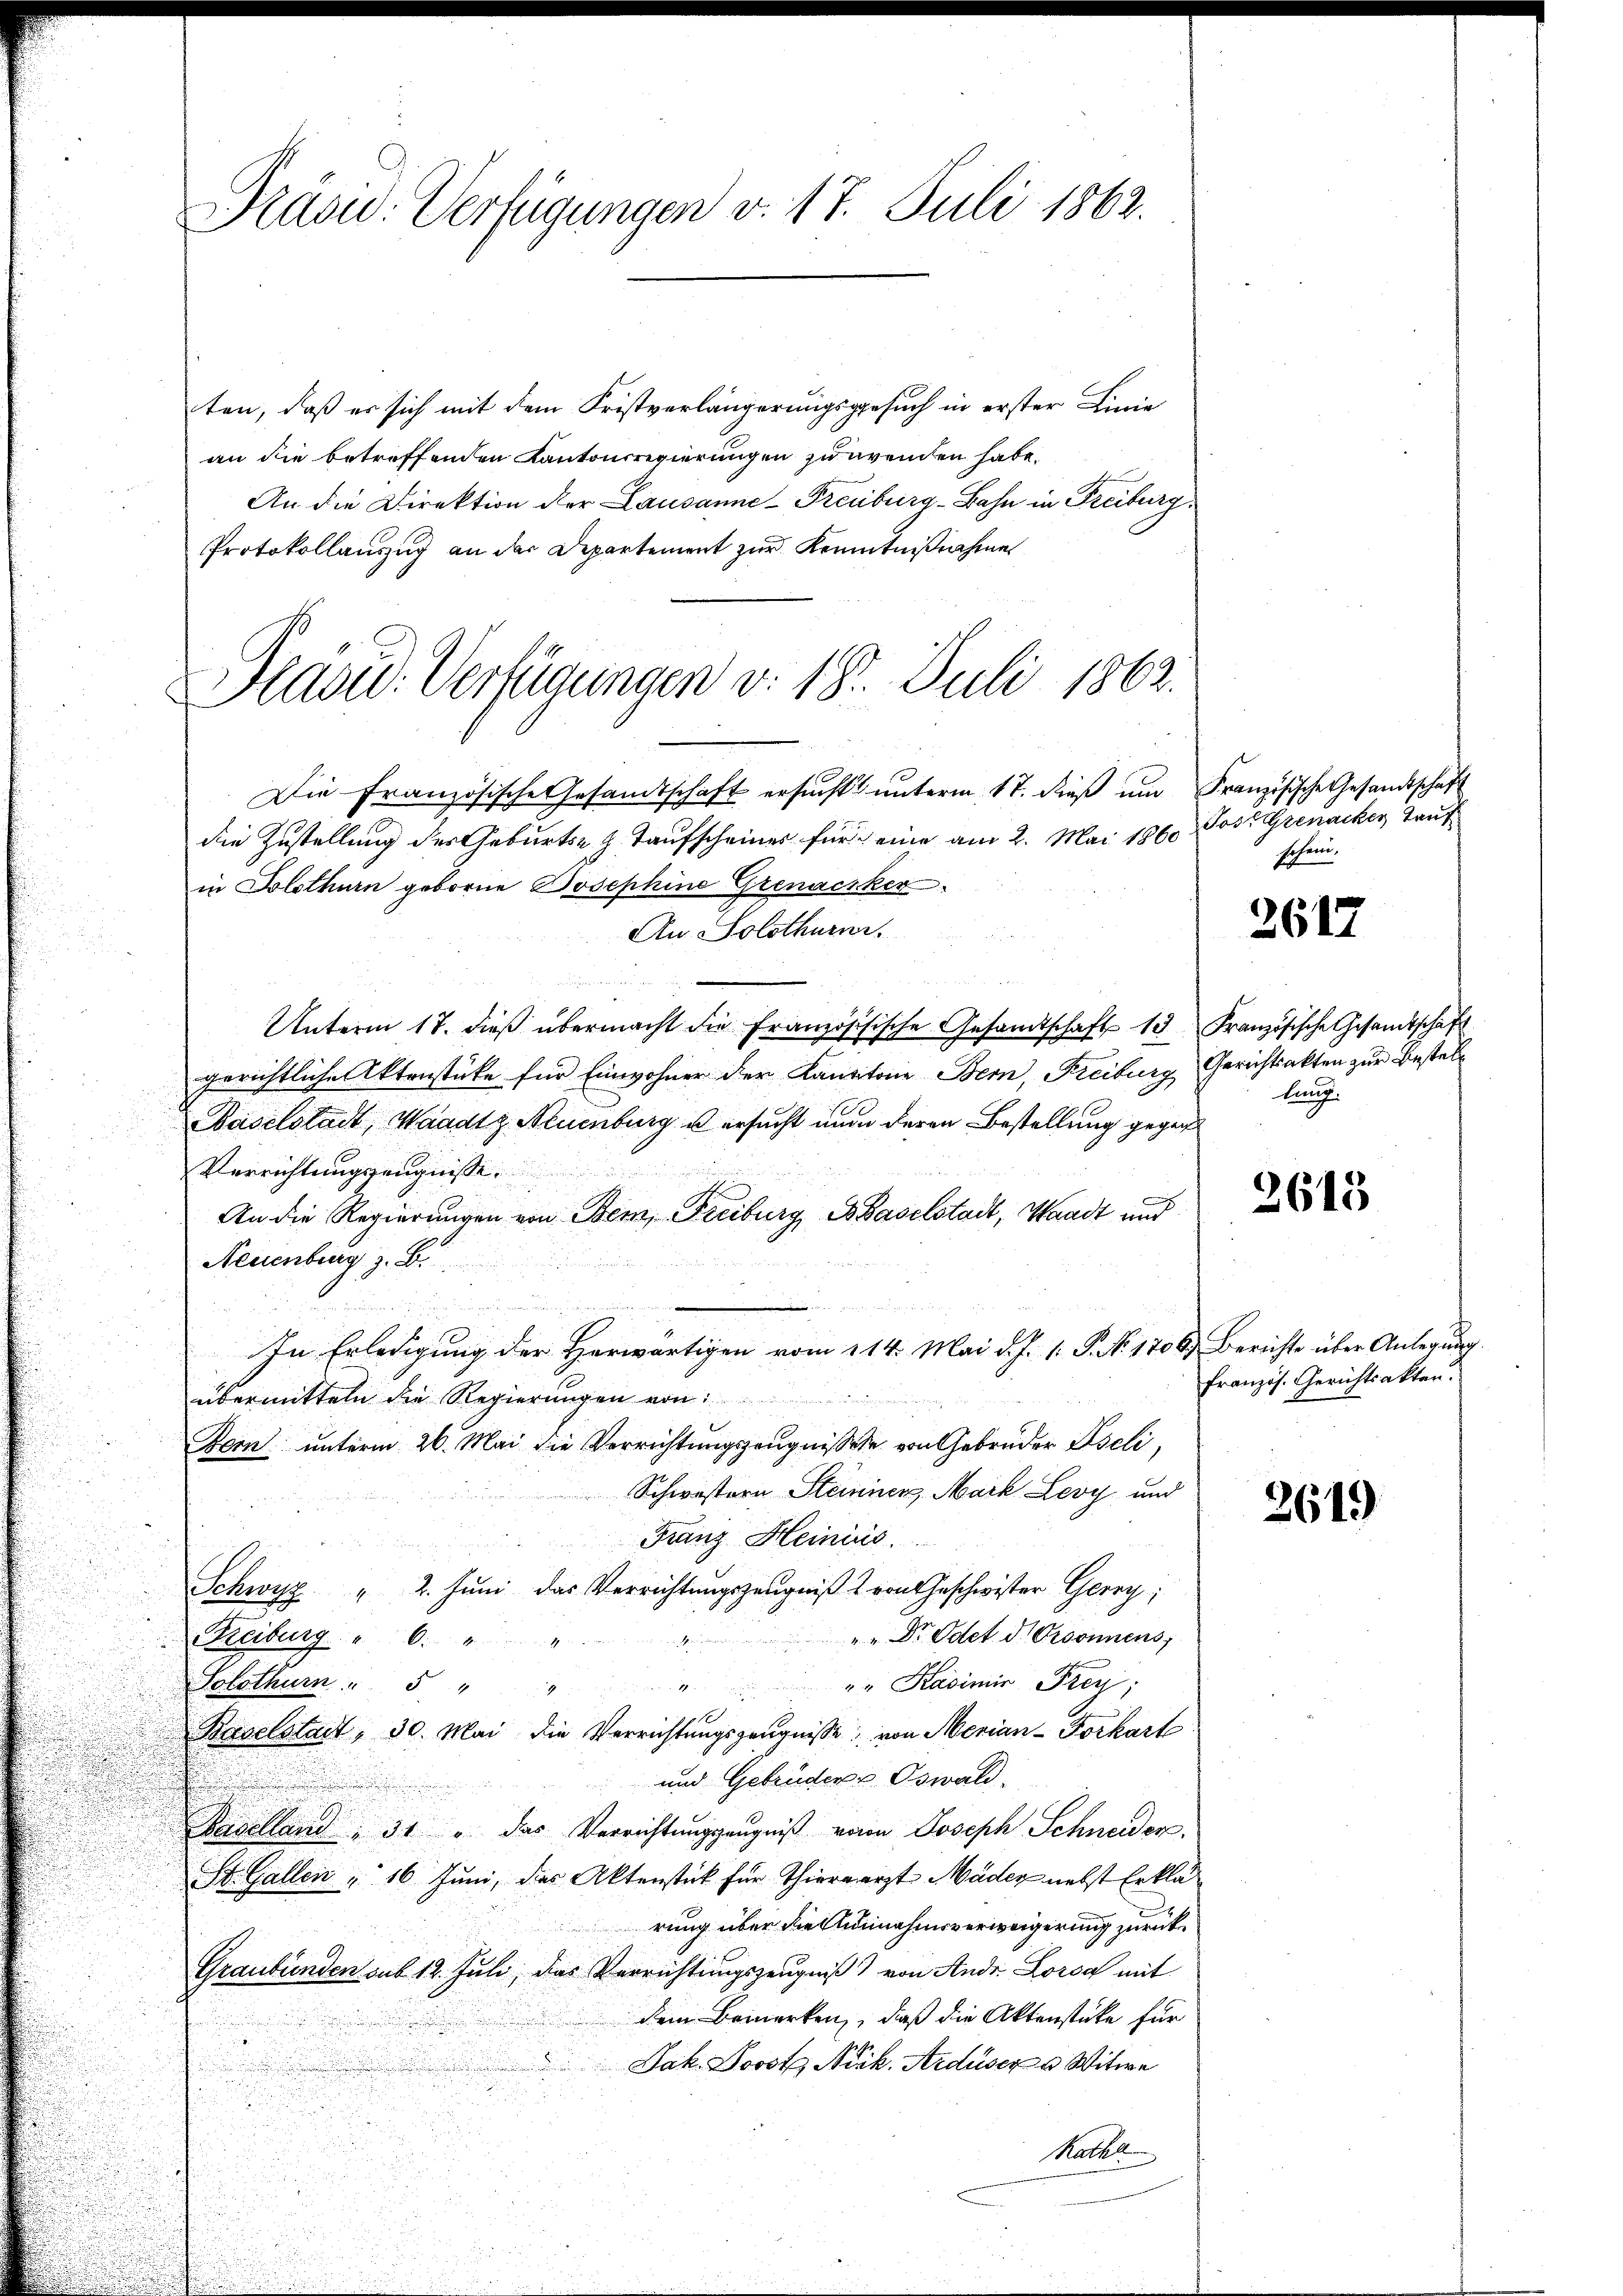
Präsid. Verfügungen v. 17. Juli 1862.

ten, daß es sich mit dem Fristverlängerungsgesuch in erster Linie
an die betreffenden Kantonsregierungen zu wenden habe.
An die Direktion der Lausanne-Freiburg-Bahn in Freiburg
Protokollauszug an der Departement zur Kenntnißnahme
Die Französische Gesandtschaft ersucht unterm 17. dieß um Französische Gesandtschaft
die Zustellung des Geburts- & Taufscheiner für eine am 2. Mai 1860.
in Solothurn geborne Josephine Grenacker
An Solothurn.
Unterm 17. dieβ übermacht die Französisische Gesandtschaft 13 Französische Gesandtschaft
gerichtliche Aktenstüke für Einwohner der Kantitone Bern, Freiburg Gerichtsakten zur Bestel¬
Baselstadt, Waadtz Neuenburg u ersucht nun deren Bestellung gegen¬
Verrichtungszeugnisse.
An die Regierungen von Bem, Freiburg, Baselstadt, Waadt und
Neuenburg z. B.

u
s
In Erledigung der Herwärtigen vom 114. Mai d. J. 1. P. No. 1706) Berichte über Anlegung.
übermitteln die Regierŭngen von
Zorn unterm 26. Mai die Verrichtungszeugnisse von Gebrüder Iseli,
Schwestern Steiner, Mark Levy und
Franz Heinis
2. Juni das Verrichtungszeugniß & von Geschwister Gerey,
Ebens

"" Dr. Odet. d. Ordonnens
Freiburg
". Kasimir Frey;
Solothurn " 5 "

Baselstadt, 30. Mai die Verrichtungszeugnisse von Merian-Forkart
und Gebrüder Oswald.
Kapelland, 31 u. das Verrichtungszeugniß von Joseph Schneider,
St. Gallen, 16 Juni, das Aktenstück für Thieraarzt Mäder nebst Erklärung über die Annahmsverweigerung zurück¬
Graubünden sub 12. Juli, das Verrichtungszeugniß) von Ande Lors mit
dem Bemerken, daß die Aktenstüke für
Jak. Josotz Nik. Arduser u Witwe
Mate

Paad: Verfügungen v. 18. Juli 1862.

Jost Grenacker, Tauf
schein.

2617

lung.

2613

französ. Gerichtsakten.

2619